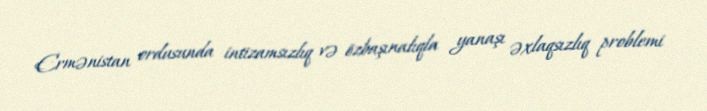
Ermənistan ordusunda intizamsızlıq və özbaşınalıqla yanaşı əxlaqsızlıq problemi